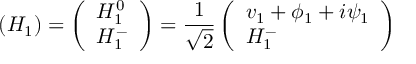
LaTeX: ( H _ { 1 } ) = \left( \begin{array} { l } { { H _ { 1 } ^ { 0 } } } \\ { { H _ { 1 } ^ { - } } } \end{array} \right) = \frac { 1 } { \sqrt 2 } \left( \begin{array} { l } { { v _ { 1 } + \phi _ { 1 } + i \psi _ { 1 } } } \\ { { H _ { 1 } ^ { - } } } \end{array} \right)